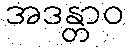
အဒန္တာဝ